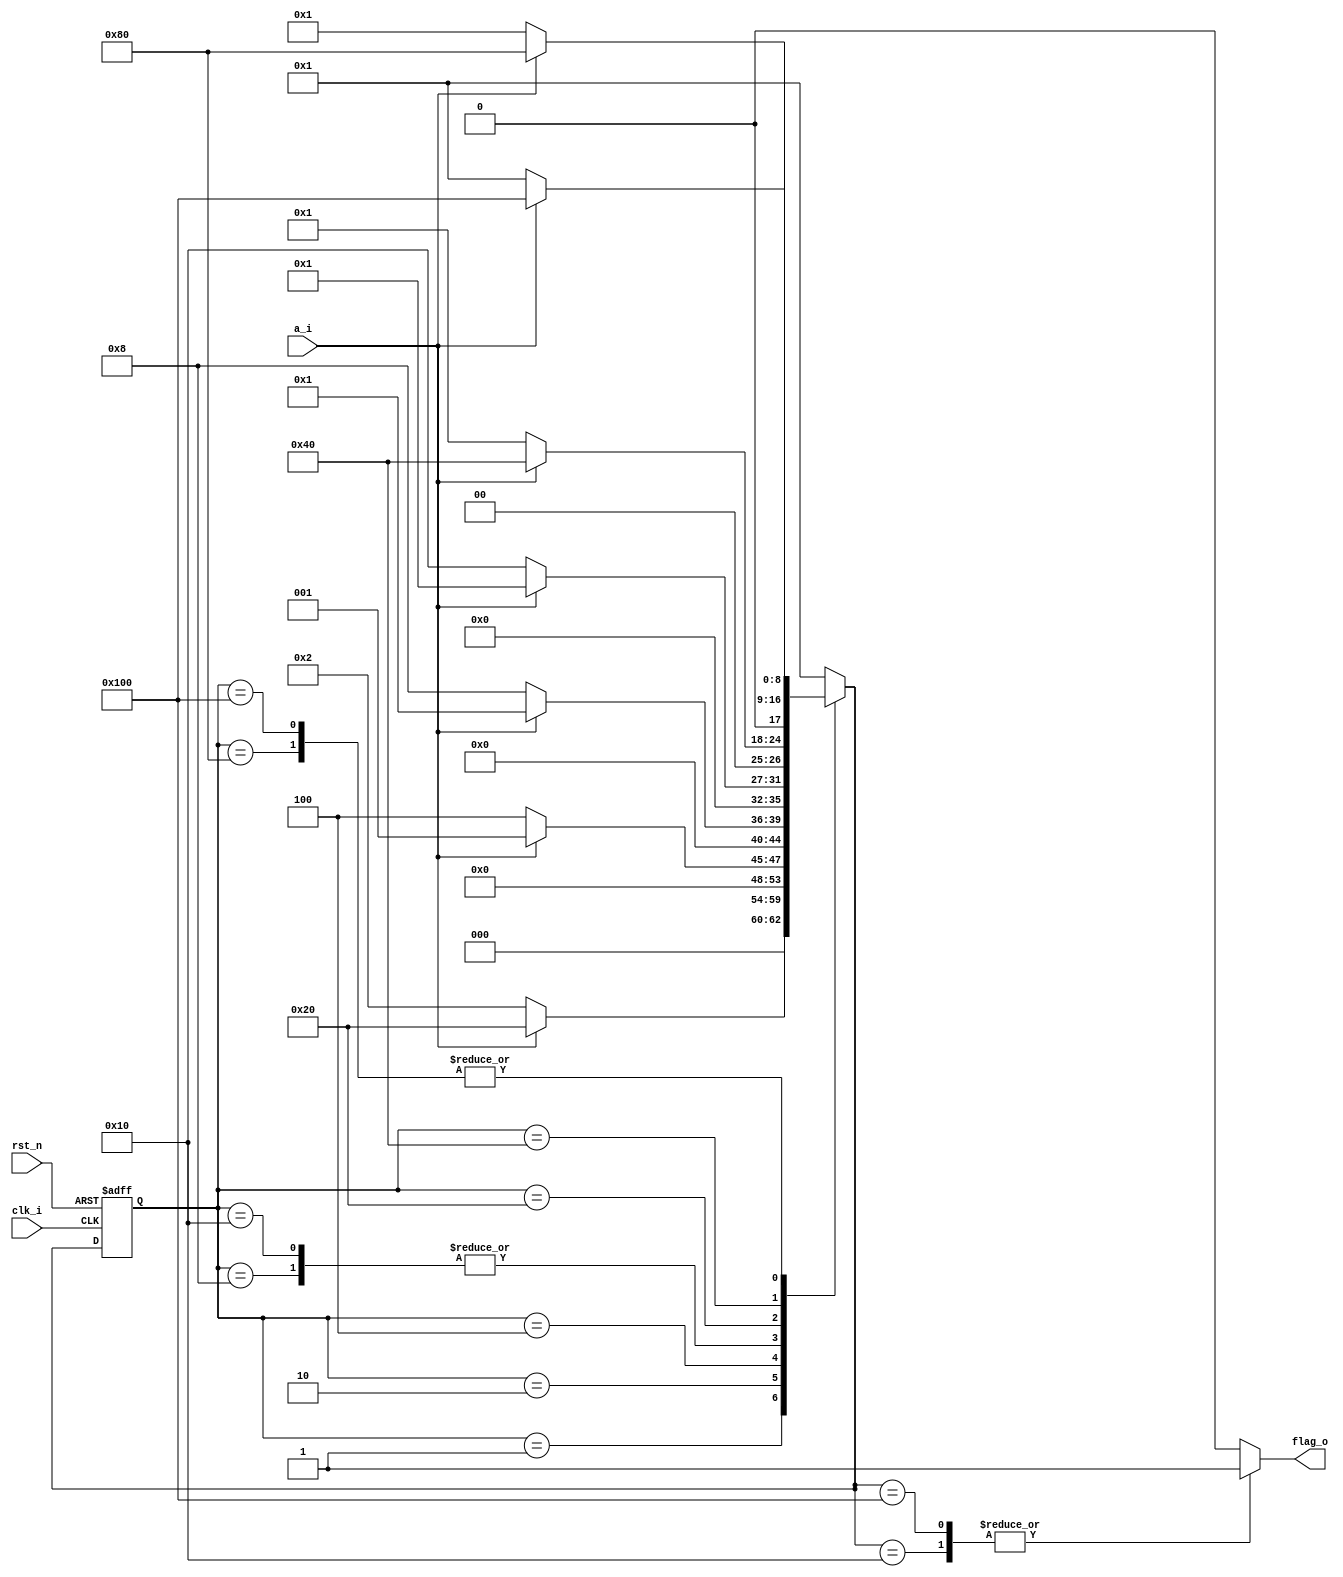
//***************************************************************
// Description: 
// Email: 
// Created Time: Sun 05 Mar 2023 03:31:00 PM CST
// Revision history:
// Description:
//      Detect 0000 or 1111
//      Link: https://nju-projectn.github.io/dlco-lecture-note/exp/07.html#id2
//***************************************************************

module seq_detector(
    input clk_i,
    input rst_n,
    input a_i,
    output flag_o
);

    // one-hot or binary?
    localparam S0=9'b000000001;
    localparam S1=9'b000000010;
    localparam S2=9'b000000100;
    localparam S3=9'b000001000;
    localparam S4=9'b000010000;
    localparam S5=9'b000100000;
    localparam S6=9'b001000000;
    localparam S7=9'b010000000;
    localparam S8=9'b100000000;

    reg  [8:0]  state_next;
    reg  [8:0]  state_cur;
    reg         flag;

    always @* begin
        case(state_cur)
            S0: state_next = (a_i == 1'b1) ? S5 : S1;
            S1: state_next = (a_i == 1'b1) ? S0 : S2;
            S2: state_next = (a_i == 1'b1) ? S0 : S3;
            S3: state_next = (a_i == 1'b1) ? S0 : S4;
            S4: state_next = (a_i == 1'b1) ? S0 : S4;
            S5: state_next = (a_i == 1'b1) ? S6 : S0;
            S6: state_next = (a_i == 1'b1) ? S7 : S0;
            S7: state_next = (a_i == 1'b1) ? S8 : S0;
            S8: state_next = (a_i == 1'b1) ? S8 : S0;
            default: state_next = S0;
        endcase
    end

    always @(posedge clk_i, negedge rst_n) begin
        if(!rst_n) begin
            state_cur <= S0;
        end else begin
            state_cur <= state_next;
        end
    end

    always @* begin
        case(state_next)
            S4: flag = 1'b1;
            S8: flag = 1'b1;
            default: flag = 1'b0;
        endcase
    end

    assign flag_o = flag;

endmodule